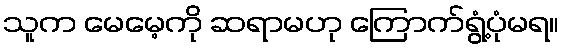
သူက မေမေ့ကို ဆရာမဟု ကြောက်ရွံ့ပုံမရ။